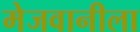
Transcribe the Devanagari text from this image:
मेजवानीला